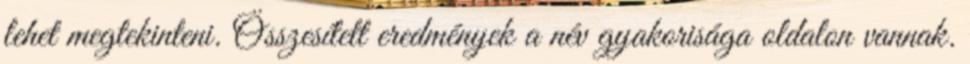
lehet megtekinteni. Összesített eredmények a név gyakorisága oldalon vannak.